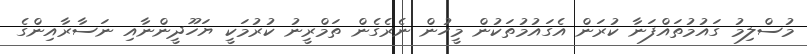
މުސްލިމު ގައުމުތައްފަނާ ކުރަން އެގައުމުތަކުން މީހުން ނެރެގެން ތަމްރީނު ކުރުމަކީ ޔަހޫދީންނާއި ނަސާރާއިންގެ